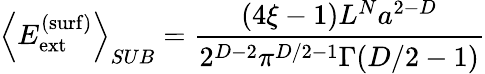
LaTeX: \left\langle E_{\mathrm{ext}}^{\mathrm{(surf)}}\right\rangle_{SUB}=\frac{\left(4\xi-1\right)L^{N}a^{2-D}}{2^{D-2}\pi^{D/2-1}\Gamma(D/2-1)}